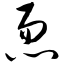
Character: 恧